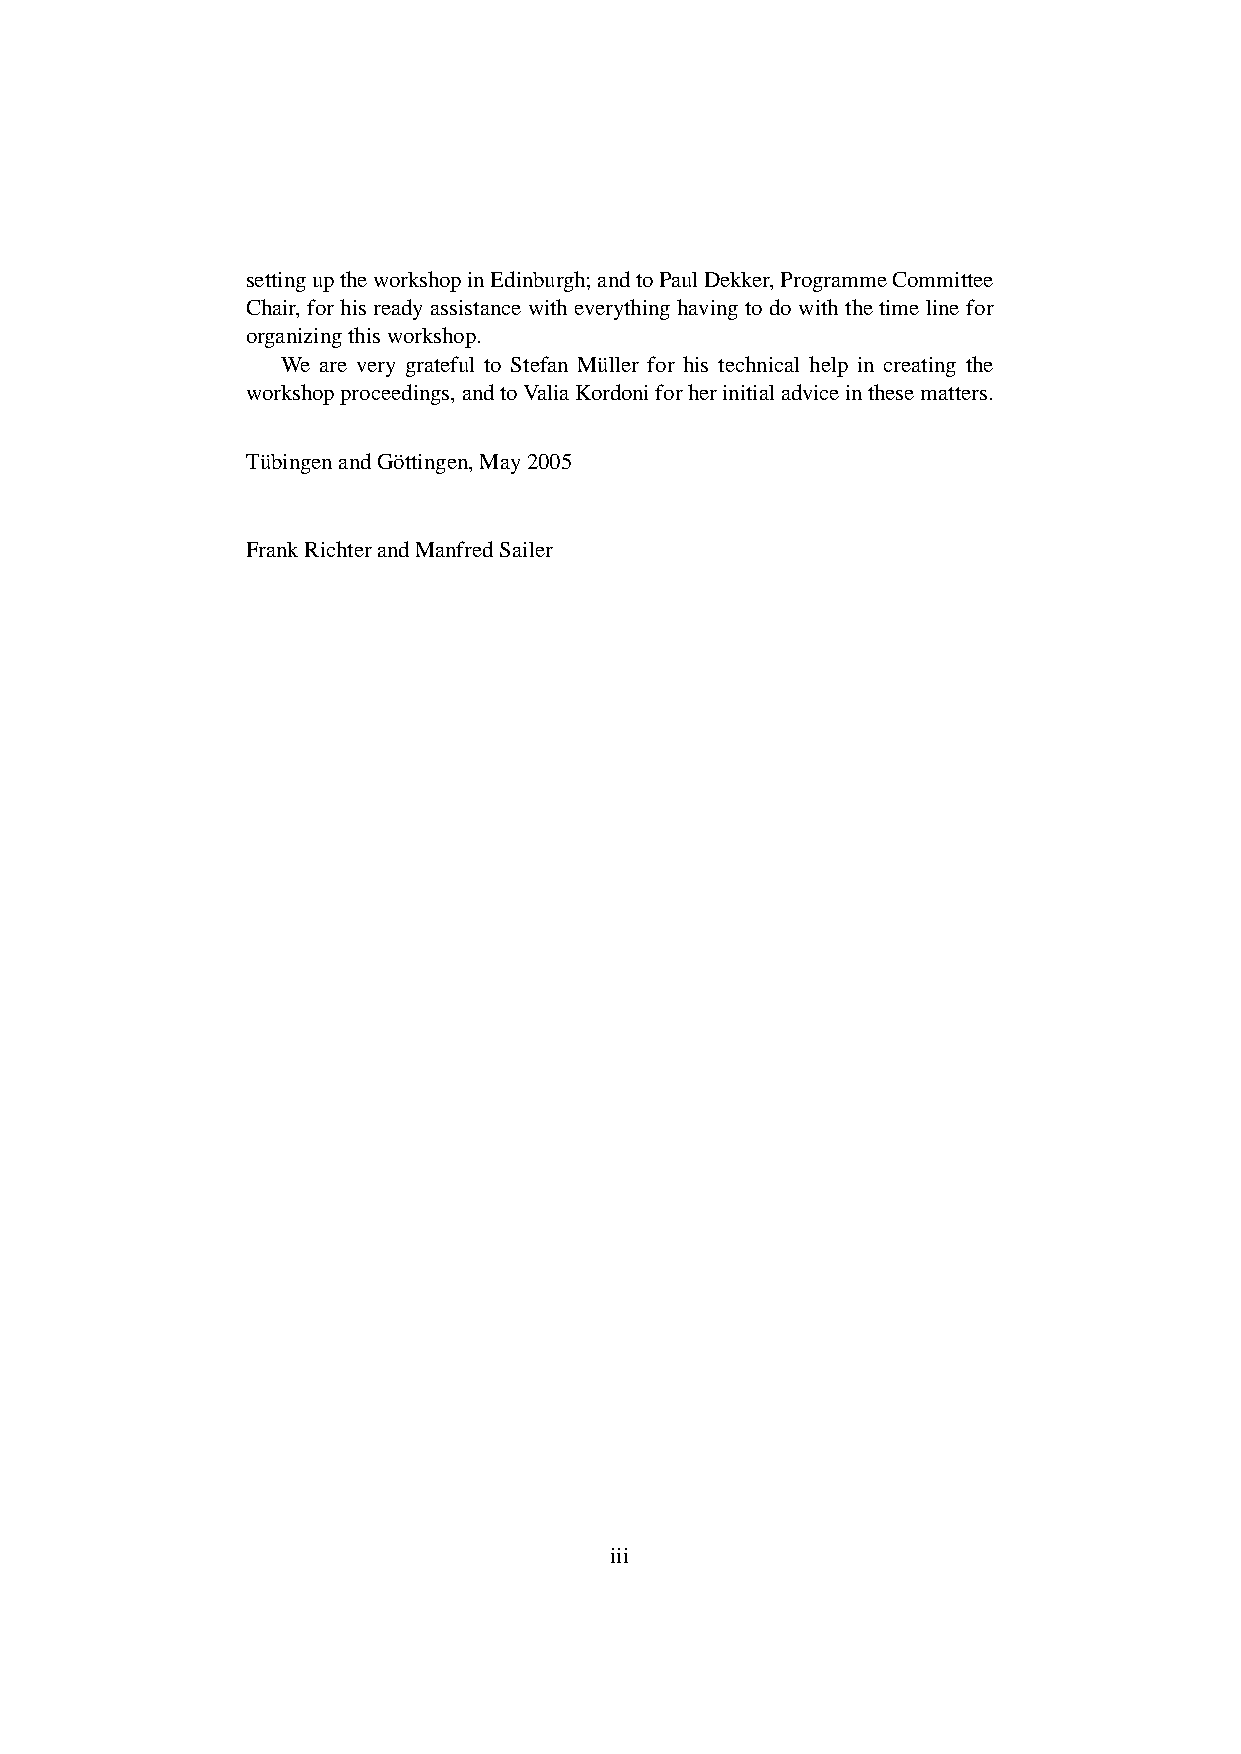
settinguptheworkshopinEdinburgh;andtoPaulDekker,ProgrammeCommittee
 Chair, for his ready assistance with everything having to do with the time line for
 organizingthisworkshop.
 We are very grateful to Stefan Müller for his technical help in creating the
 workshopproceedings,andtoValiaKordoniforherinitialadviceinthesematters.
 TübingenandGöttingen,May2005
 FrankRichterandManfredSailer
 iii